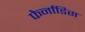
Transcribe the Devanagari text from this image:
फेर्नांडिस